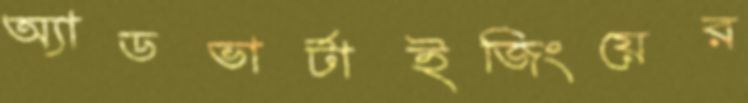
অ্যাডভার্টাইজিংয়ের